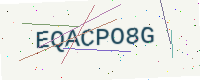
Text: EQACPO8G